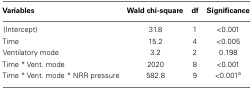
<table><thead><tr><td><b>Variables</b></td><td><b>Wald chi-square</b></td><td><b>df</b></td><td><b>Significance</b></td></tr></thead><tbody><tr><td>(Intercept)</td><td>31.8</td><td>1</td><td>&lt;0.001</td></tr><tr><td>Time</td><td>15.2</td><td>4</td><td>&lt;0.005</td></tr><tr><td>Ventilatory mode</td><td>3.2</td><td>2</td><td>0.198</td></tr><tr><td>Time * Vent. mode</td><td>2020</td><td>8</td><td>&lt;0.001</td></tr><tr><td>Time * Vent. mode * NRR pressure</td><td>582.8</td><td>9</td><td>&lt;0.001<sup>a</sup></td></tr></tbody></table>